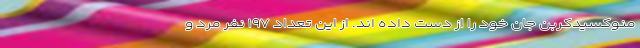
منوکسیدکربن جان خود را از دست داده اند. از این تعداد ۱۹۷ نفر مرد و